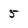
Character: 5